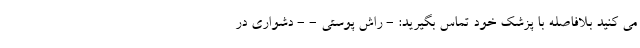
می کنید بلافاصله با پزشک خود تماس بگیرید: - راش پوستی - - دشواری در